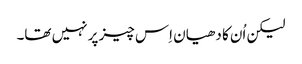
‏ لیکن اُن کا دھیان اِس چیز پر نہیں تھا۔